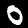
Digit: 0